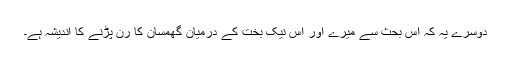
دوسرے یہ کہ اس بحث سے میرے اور اس نیک بخت کے درمیان گھمسان کا رن پڑنے کا اندیشہ ہے۔